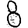
Digit: 8